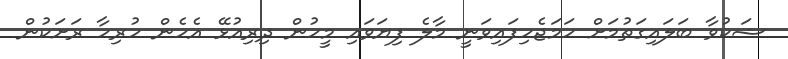
ޝަކުވާ ބަލައިގަތުމަށް ހަމަޖެހިފައިވަނީ މާލެ ފިޔަވައި މީހުން ދިރިއުޅޭ އެހެން ހުރިހާ ރަށަކުން